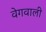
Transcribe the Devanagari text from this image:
वेगवाली